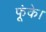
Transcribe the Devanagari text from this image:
फूंके।